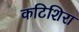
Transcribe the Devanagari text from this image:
कटिशिरा